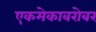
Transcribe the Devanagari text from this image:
एकमेकाबरोबर